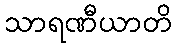
သာရဏီယာတိ